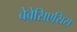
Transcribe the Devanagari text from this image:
बेवेसिएसिस